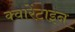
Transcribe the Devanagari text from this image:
क्वारेंटाइन